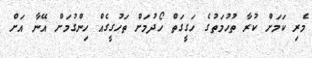
މެރި ކަމަށް ކުރާ ތުހުމަތުގެ ހަގީގަތް ހޯދުމަށް ތަހުގީގެއް ހިންގުމަށް އޭނާ އަށް